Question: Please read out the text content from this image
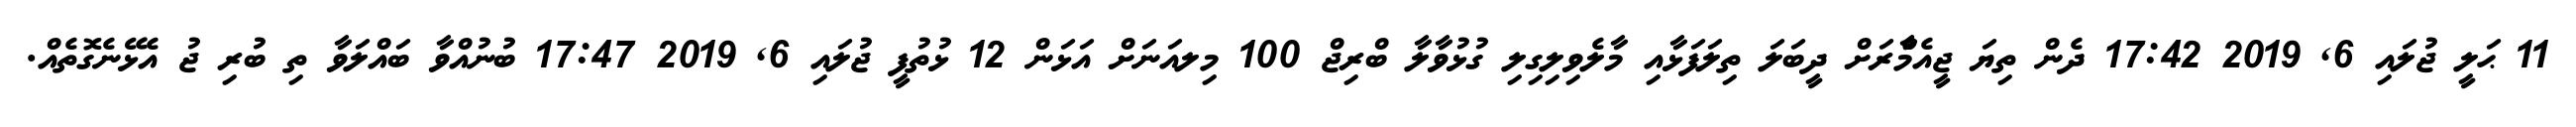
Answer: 11 ޙަލީ ޖުލައި 6, 2019 17:42 ދެން ތިޔަ ޖީއެމްެާރަށް ދީބަލަ ތިލަފަޅާއި މާލެވިލިގިލި ގުޅުވާލާ ބްރިޖް 100 މިލއަނަށް އަޅަން 12 ޅުތުފީ ޖުލައި 6, 2019 17:47 ބުނުއްވާ ބައްލަވާ ތި ބުރި ޖު އެޅޭނެގޮތެއް.